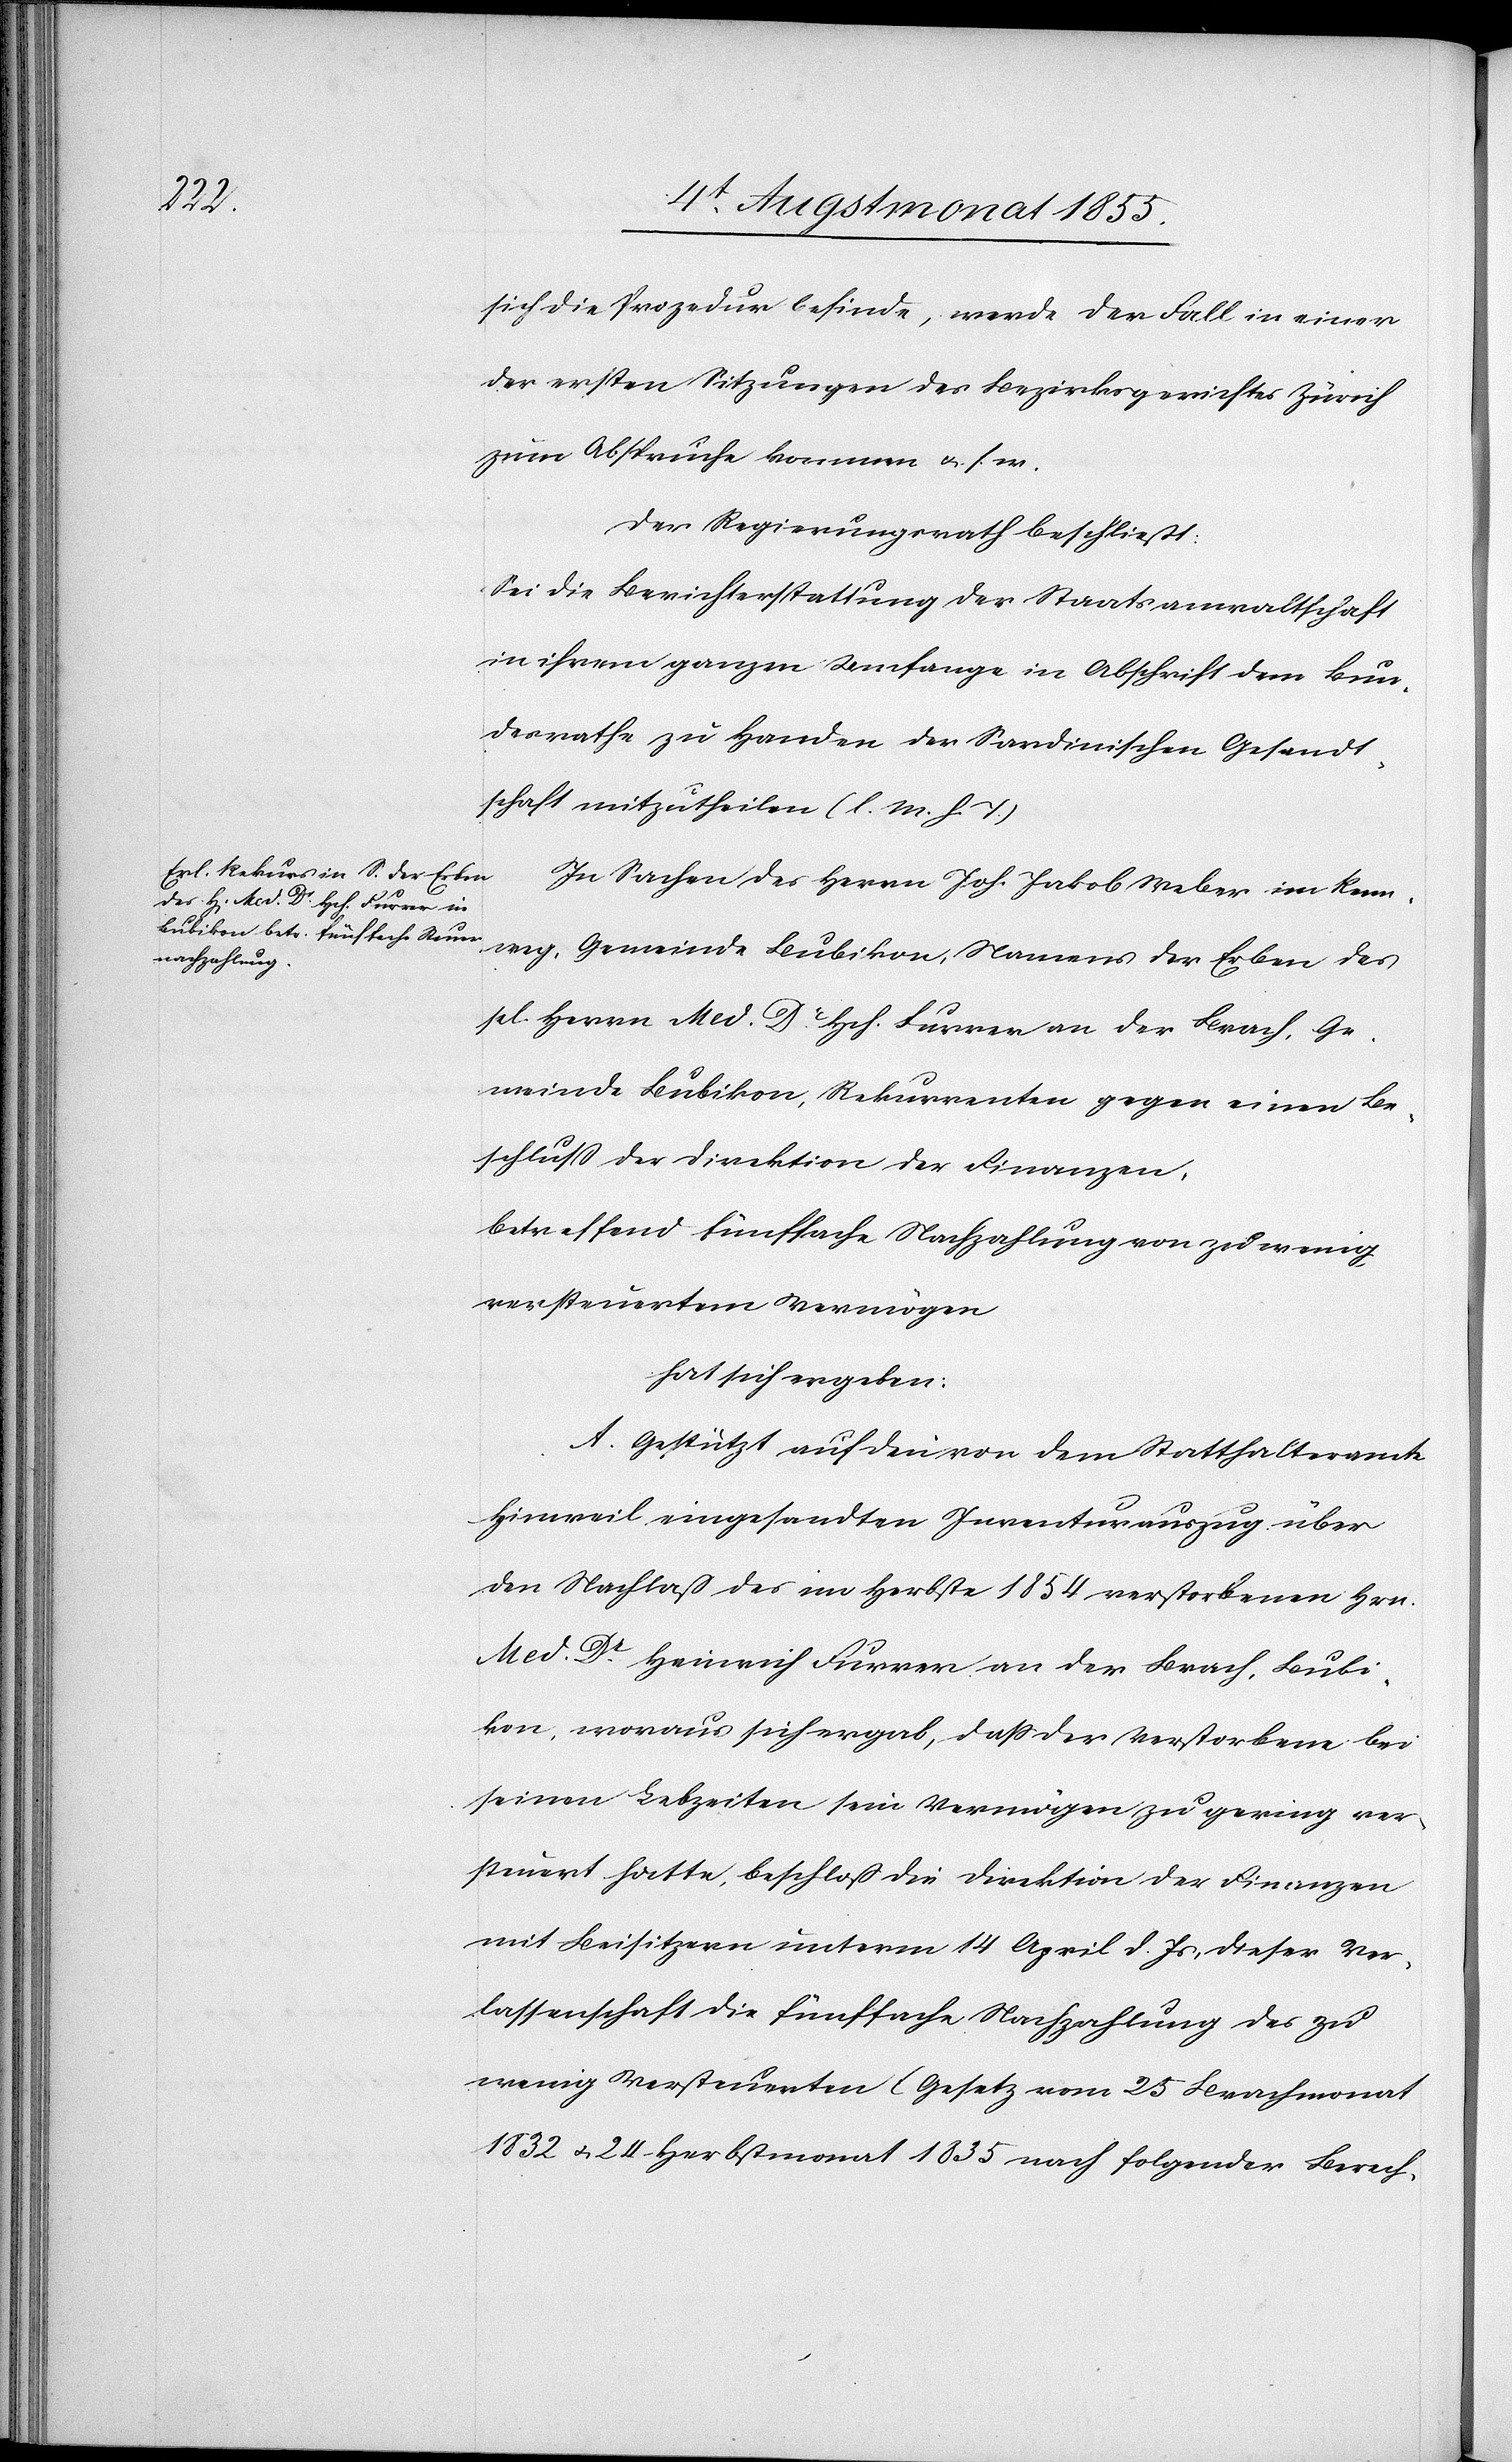
sich die Prozedur befinde, werde der Fall in einer
der ersten Sitzungen des Bezirksgerichtes Zürich
zum Abspruche kommen &. s.
Der Regierungsrath beschließt:
Sei die Berichterstattung der Staatsanwaltschaft
in ihrem ganzen Umfange in Abschrift dem Bun¬
desrathe zu Handen der Sardinischen Gesandt¬
schaft mitzutheilen (l. M. h. T)[.]
In Sachen des Herrn Joh. Jakob Weber im Renn¬
weg, Gemeinde Bubikon, Namens der Erben des
sel. Herrn Med. Dr. Hch. Furrer an der Brach, Ge¬
meinde Bubikon, Rekurrenten gegen einen Be¬
schluß der Direktion der Finanzen,
betreffend fünffache Nachzahlung von zu wenig
versteuertem Vermögen
hat sich ergeben:
A. Gestützt auf den von dem Statthalteramte
Hinweil eingesandten Inventurauszug über
den Nachlaß des im Herbste 1854 verstorbenen Hrn.
Med. Dr. Heinrich Furrer an der Brach, Bubi¬
kon, woraus sich ergab, dass der Verstorbene bei
seinen Lebzeiten sein Vermögen zu gering ver¬
steuert hatte, beschloß die Direktion der Finanzen
mit Beisitzern unterm 14 April d. Js, dieser Ver¬
lassenschaft die fünffache Nachzahlung des zu
wenig Versteuerten (Gesetz vom 25 Brachmonat
1832 & 24 Herbstmonat 1835[)] nach folgender Berech-